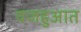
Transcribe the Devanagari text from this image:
वजहुआत